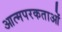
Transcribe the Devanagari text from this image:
आत्मपरकताओं